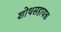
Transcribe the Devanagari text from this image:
शोथसहायक